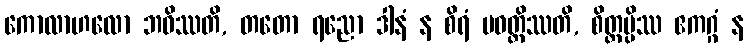
ကောလာဟလော ဘဝိဿတိ, တတော ရညော ဒါနံ န စိရံ ပဝတ္တိဿတိ, စိတ္တမ္ပိဿ ဧကဂ္ဂံ န